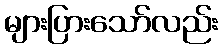
များပြားသော်လည်း